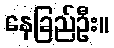
နေခြည်ဦး။